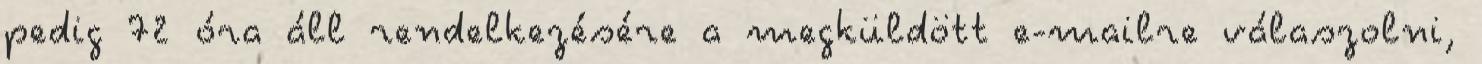
pedig 72 óra áll rendelkezésére a megküldött e-mailre válaszolni,